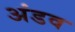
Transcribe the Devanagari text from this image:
अंडव